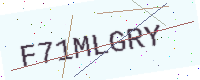
Text: F71MLGRY